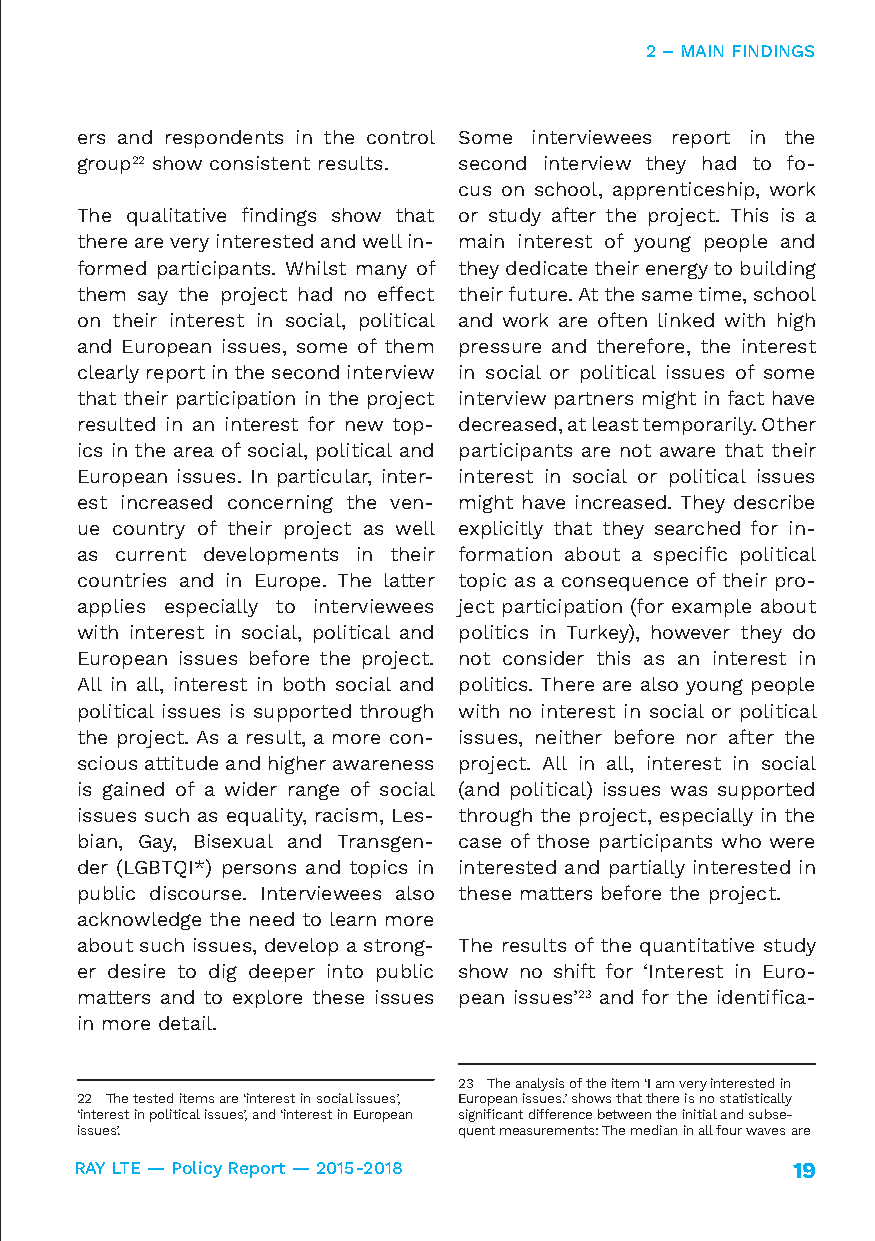
2 – MAIN FINDINGS
 ers and respondents in the control Some interviewees report in the
 group22 show consistent results. second interview they had to fo-
 cus on school, apprenticeship, work
 The qualitative findings show that or study after the project. This is a
 there are very interested and well in- main interest of young people and
 formed participants. Whilst many of they dedicate their energy to building
 them say the project had no effect their future. At the same time, school
 on their interest in social, political and work are often linked with high
 and European issues, some of them pressure and therefore, the interest
 clearly report in the second interview in social or political issues of some
 that their participation in the project interview partners might in fact have
 resulted in an interest for new top- decreased, at least temporarily. Other
 ics in the area of social, political and participants are not aware that their
 European issues. In particular, inter- interest in social or political issues
 est increased concerning the ven- might have increased. They describe
 ue country of their project as well explicitly that they searched for in-
 as current developments in their formation about a specific political
 countries and in Europe. The latter topic as a consequence of their pro-
 applies especially to interviewees ject participation (for example about
 with interest in social, political and politics in Turkey), however they do
 European issues before the project. not consider this as an interest in
 All in all, interest in both social and politics. There are also young people
 political issues is supported through with no interest in social or political
 the project. As a result, a more con- issues, neither before nor after the
 scious attitude and higher awareness project. All in all, interest in social
 is gained of a wider range of social (and political) issues was supported
 issues such as equality, racism, Les- through the project, especially in the
 bian, Gay, Bisexual and Transgen- case of those participants who were
 der (LGBTQI*) persons and topics in interested and partially interested in
 public discourse. Interviewees also these matters before the project.
 acknowledge the need to learn more
 about such issues, develop a strong- The results of the quantitative study
 er desire to dig deeper into public show no shift for ‘Interest in Euro-
 matters and to explore these issues pean issues’23 and for the identifica-
 in more detail.
 23 The analysis of the item ‘I am very interested in
 22 The tested items are ‘interest in social issues’, European issues.’ shows that there is no statistically
 ‘interest in political issues’, and ‘interest in European significant difference between the initial and subse-
 issues’.                 quent measurements: The median in all four waves are
 RAY LTE — Policy Report — 2015-2018            19